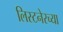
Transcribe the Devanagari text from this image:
लिस्टनेरच्या